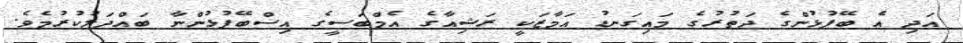
އަދި އެ ބޭފުޅުންގެ ދަތުރުގެ މައިގަނޑު އަމާޒަކީ ރަޝިއާގެ އެމްބަސީގެ އިސްބޭފުޅުންނާ ބައްދަލުކުރުމެވެ.